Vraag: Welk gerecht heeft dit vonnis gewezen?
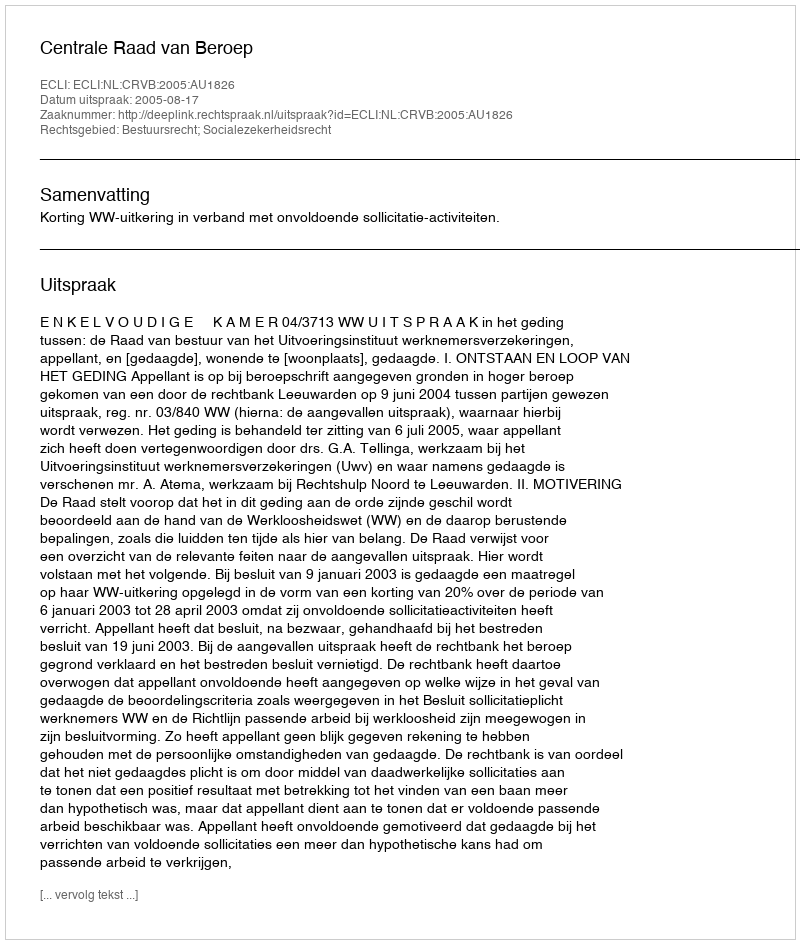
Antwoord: Centrale Raad van Beroep